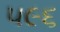
૫૯૬